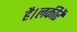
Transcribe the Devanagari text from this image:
है।लकीरें